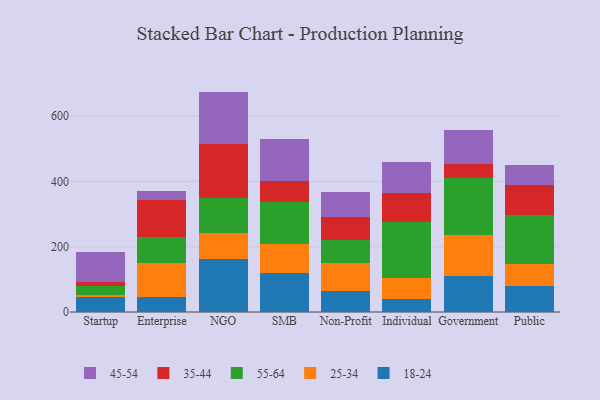
{"axis": {"x": "Segment", "y": "Satisfaction Score"}, "legend": ["18-24", "25-34", "35-44", "45-54", "55-64"], "data": [{"x": "Startup", "y": 45.4, "type": "18-24"}, {"x": "Startup", "y": 5.4, "type": "25-34"}, {"x": "Startup", "y": 30.1, "type": "55-64"}, {"x": "Startup", "y": 10.1, "type": "35-44"}, {"x": "Startup", "y": 93.2, "type": "45-54"}, {"x": "Enterprise", "y": 46.3, "type": "18-24"}, {"x": "Enterprise", "y": 102.9, "type": "25-34"}, {"x": "Enterprise", "y": 79.8, "type": "55-64"}, {"x": "Enterprise", "y": 115.0, "type": "35-44"}, {"x": "Enterprise", "y": 25.7, "type": "45-54"}, {"x": "NGO", "y": 163.3, "type": "18-24"}, {"x": "NGO", "y": 77.4, "type": "25-34"}, {"x": "NGO", "y": 107.1, "type": "55-64"}, {"x": "NGO", "y": 165.8, "type": "35-44"}, {"x": "NGO", "y": 161.3, "type": "45-54"}, {"x": "SMB", "y": 118.5, "type": "18-24"}, {"x": "SMB", "y": 89.0, "type": "25-34"}, {"x": "SMB", "y": 130.6, "type": "55-64"}, {"x": "SMB", "y": 63.7, "type": "35-44"}, {"x": "SMB", "y": 128.2, "type": "45-54"}, {"x": "Non-Profit", "y": 64.5, "type": "18-24"}, {"x": "Non-Profit", "y": 85.0, "type": "25-34"}, {"x": "Non-Profit", "y": 69.7, "type": "55-64"}, {"x": "Non-Profit", "y": 71.5, "type": "35-44"}, {"x": "Non-Profit", "y": 76.3, "type": "45-54"}, {"x": "Individual", "y": 39.1, "type": "18-24"}, {"x": "Individual", "y": 64.1, "type": "25-34"}, {"x": "Individual", "y": 172.9, "type": "55-64"}, {"x": "Individual", "y": 89.3, "type": "35-44"}, {"x": "Individual", "y": 94.6, "type": "45-54"}, {"x": "Government", "y": 109.5, "type": "18-24"}, {"x": "Government", "y": 127.3, "type": "25-34"}, {"x": "Government", "y": 174.1, "type": "55-64"}, {"x": "Government", "y": 42.4, "type": "35-44"}, {"x": "Government", "y": 102.6, "type": "45-54"}, {"x": "Public", "y": 78.5, "type": "18-24"}, {"x": "Public", "y": 69.5, "type": "25-34"}, {"x": "Public", "y": 150.5, "type": "55-64"}, {"x": "Public", "y": 90.7, "type": "35-44"}, {"x": "Public", "y": 62.3, "type": "45-54"}]}